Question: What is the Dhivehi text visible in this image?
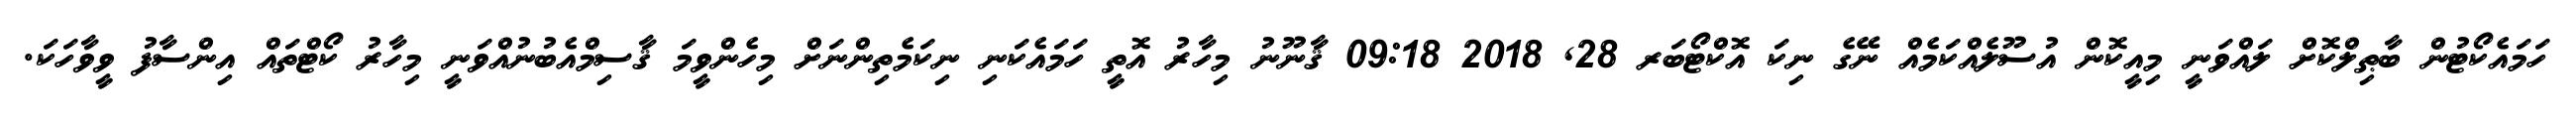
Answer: ހަމައެކޯޓުން ބާޠިލްކޮށް ލައްވަނީ މިއީކޮން އުސޫލެއްކަމެއް ނޭގެ ނިކަ އޮކްޓޯބަރ 28, 2018 09:18 ޤާނޫނު މިހާރު އޮތީ ހަމައެކަނި ނިކަމެތިންނަށް މިހެންވީމަ ޤާސިމްއެބުނުއްވަނީ މިހާރު ކޯޓްތައް އިންސާފު ވީވާހަކަ.